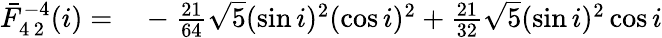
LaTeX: \begin{array}{rl}{\bar{F}_{4\, 2}^{-4}(i)=}&{{}-\frac{21}{64}\sqrt{5}(\sin i)^{2}(\cos i)^{2}+\frac{21}{32}\sqrt{5}(\sin i)^{2}\cos i}\end{array}